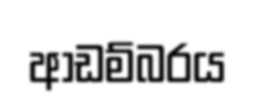
ආඩම්බරය